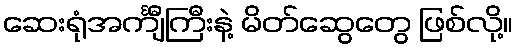
ဆေးရုံအင်္ကျီကြီးနဲ့ မိတ်ဆွေတွေ ဖြစ်လို့။